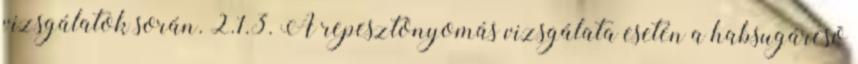
vizsgálatok során. 2.1.3. A repesztõnyomás vizsgálata esetén a habsugárcsõ